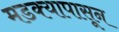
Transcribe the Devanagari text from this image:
मडक्यापासून